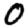
Digit: 0